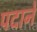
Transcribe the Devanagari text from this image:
पदाने